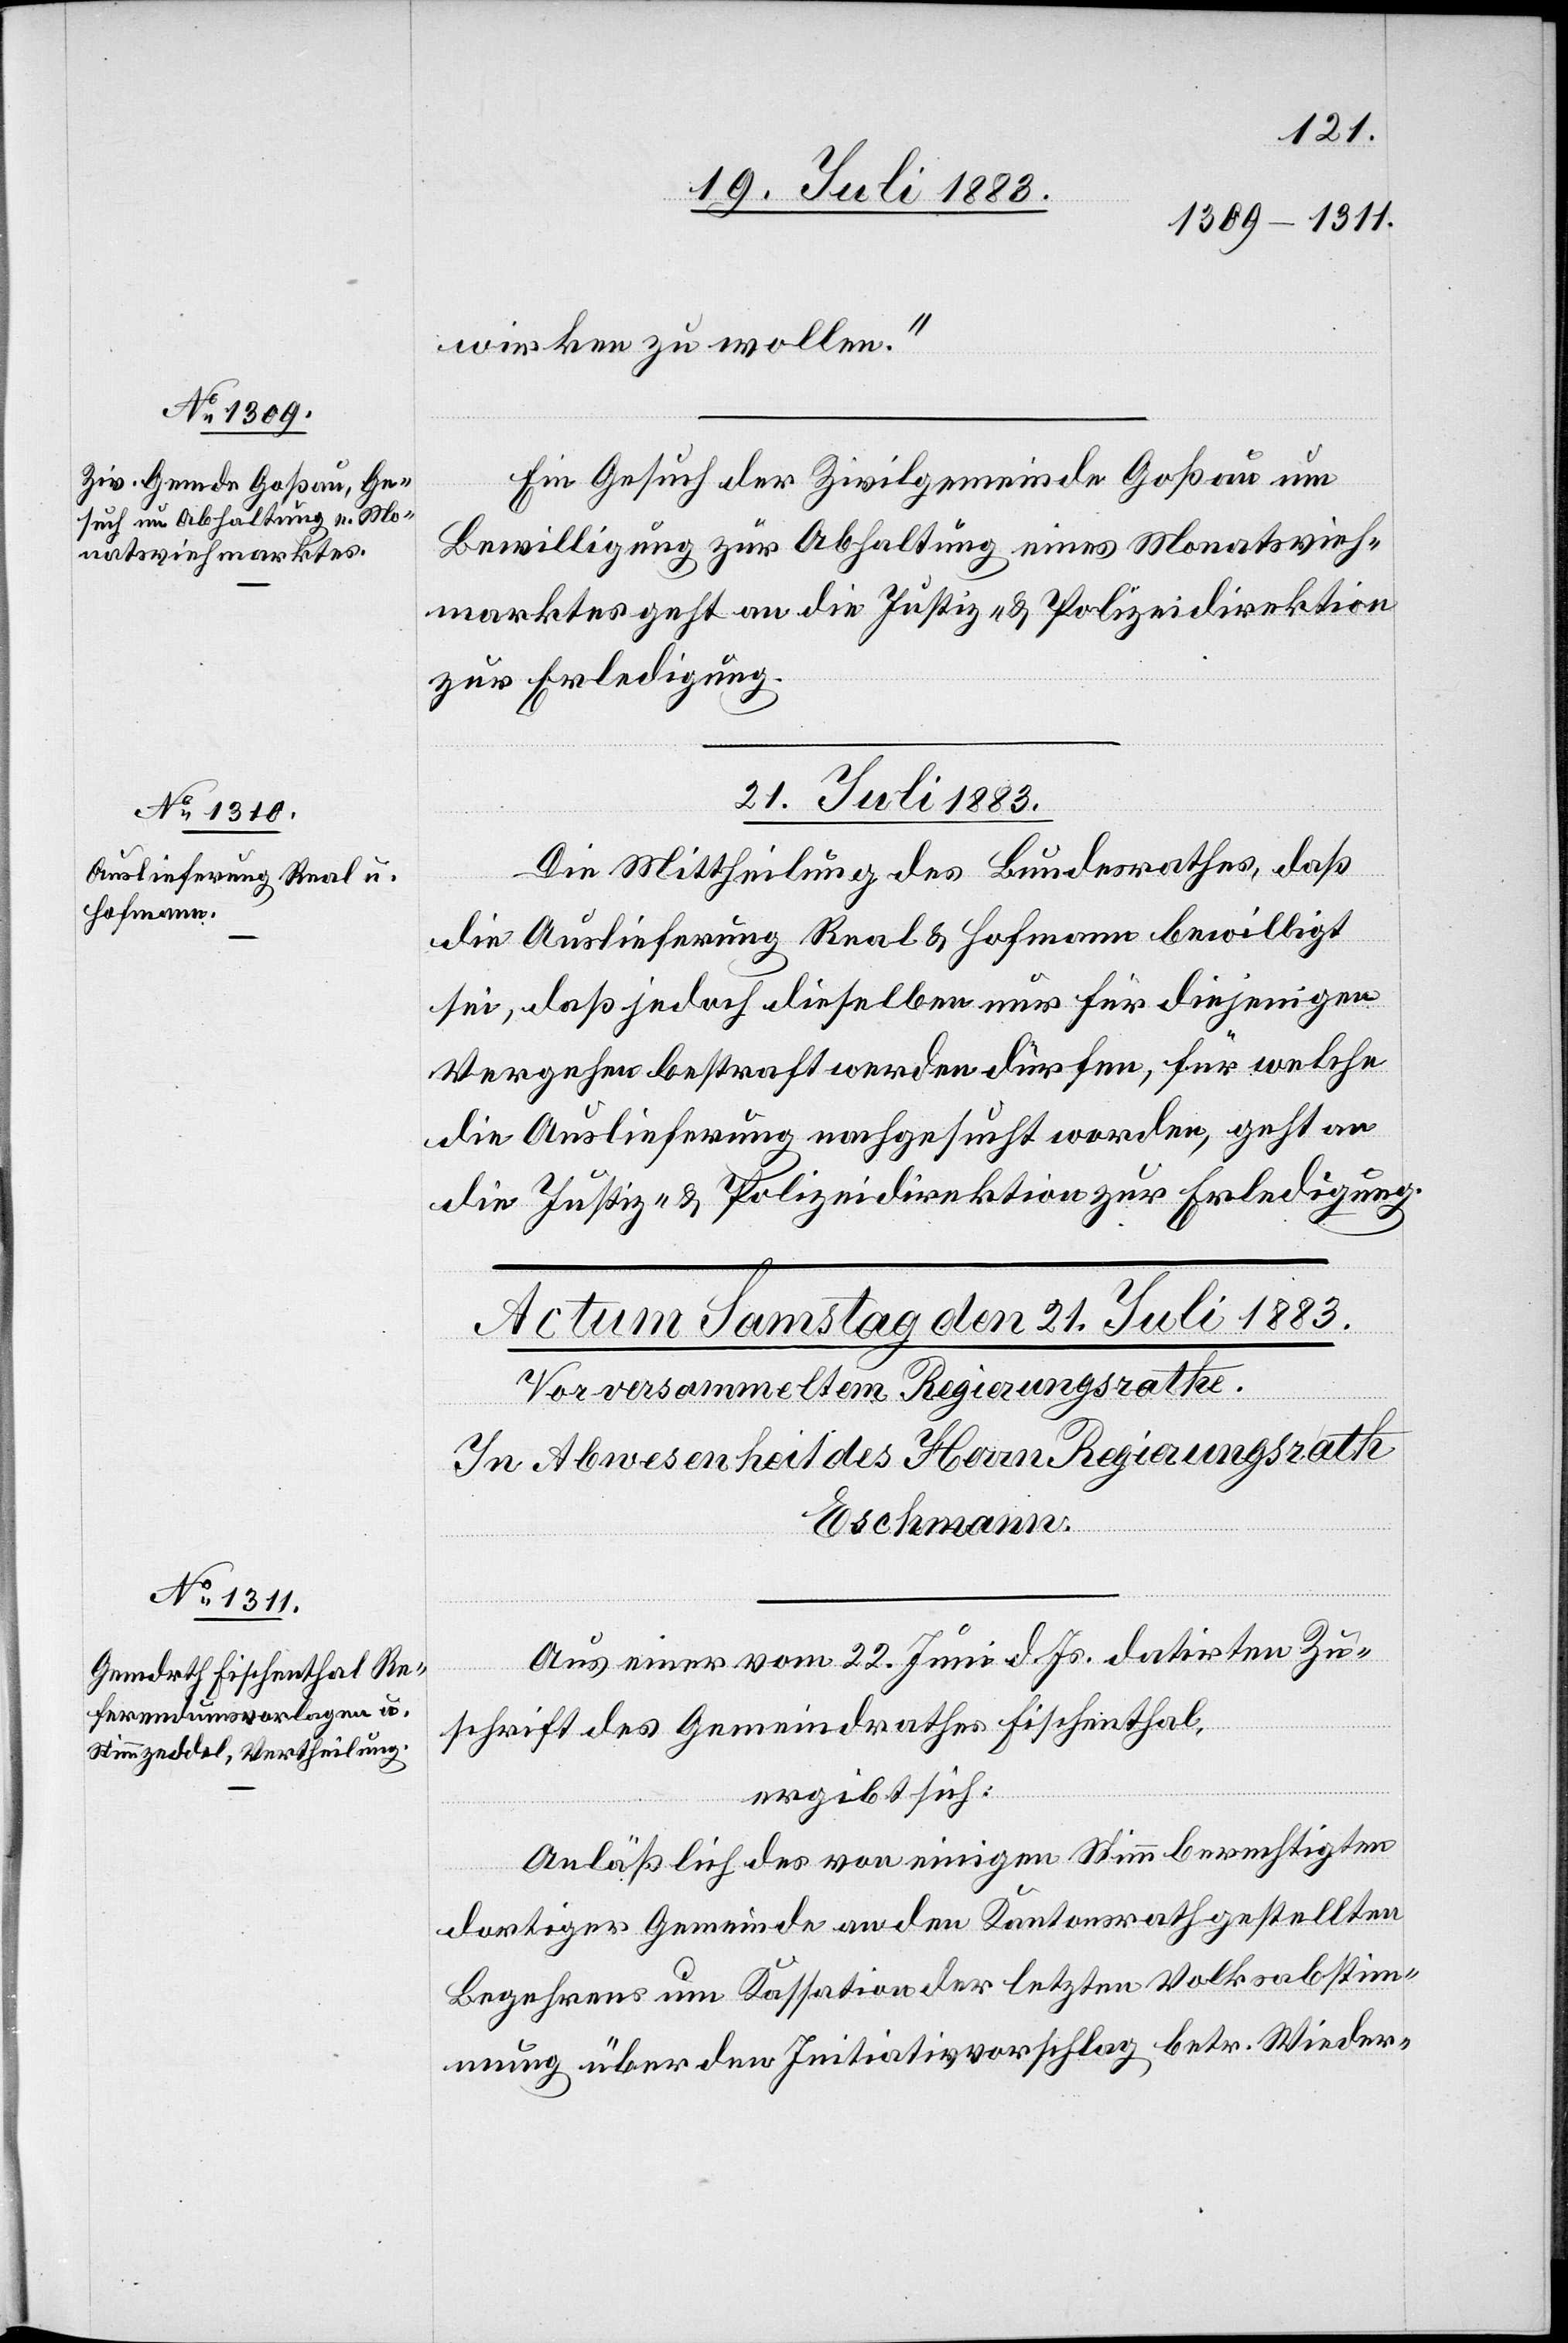
20. Juli 1883.]
wirken zu wollen.“
Ein Gesuch der Zivilgemeinde Goßau um
Bewilligung zur Abhaltung eines Monatsvieh¬
marktes geht an die Justiz- & Polizeidirektion
zur Erledigung.
21. Juli 1883.
Die Mittheilung des Bundesrathes, daß
die Auslieferung Real & Hofmann bewilligt
sei, daß jedoch dieselben nur für diejenigen
Vergehen bestraft werden dürfen, für welche
die Auslieferung nachgesucht worden, geht an
die Justiz- & Polizeidirektion zur Erledigung.
Aus einer vom 22. Juni d. Js. datirten Zu¬
schrift des Gemeindrathes Fischenthal,
ergibt sich:
Anläßlich des von einigen Stimmberechtigten
dortiger Gemeinde an den Kantonsrath gestellten
Begehrens um Kassation der letzten Volksabstim¬
mung über den Initiativvorschlag betr. Wieder-